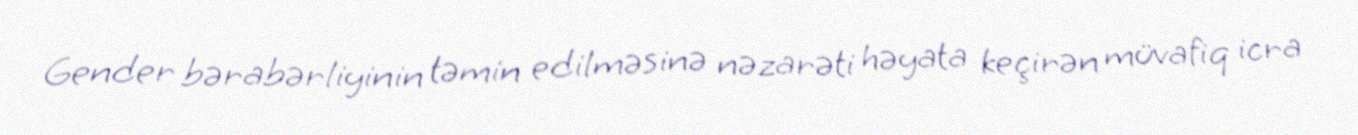
Gender bərabərliyinin təmin edilməsinə nəzarəti həyata keçirən müvafiq icra